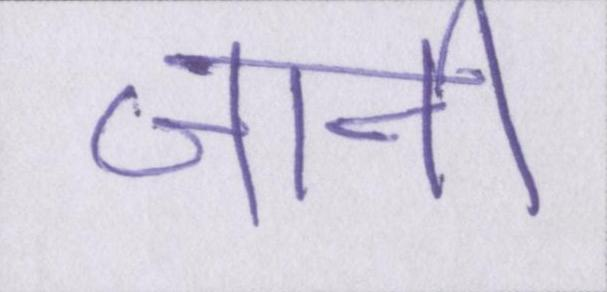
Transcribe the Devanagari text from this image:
जानी